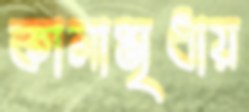
কালামৃধায়